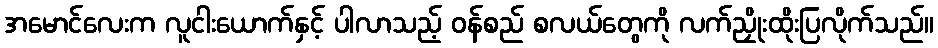
အမောင်လေးက လူငါးယောက်နှင့် ပါလာသည့် ဝန်စည် စလယ်တွေကို လက်ညှိုးထိုးပြလိုက်သည်။